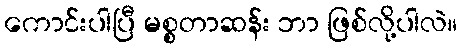
ကောင်းပါပြီ မစ္စတာဆန်း ဘာ ဖြစ်လို့ပါလဲ။